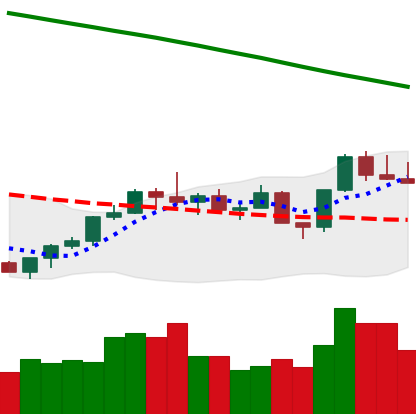
Ticker: LTC-USD
Chart end date: 2022-07-31
Forward return: 4.159%
Label: up_3_5